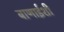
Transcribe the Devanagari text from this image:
बाणाईशी